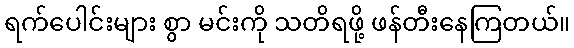
ရက်ပေါင်းများ စွာ မင်းကို သတိရဖို့ ဖန်တီးနေကြတယ်။